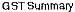
GST SUMMARY